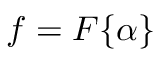
f = F \{ \alpha \}